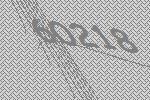
60218